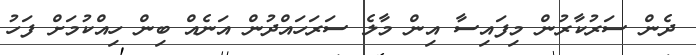
ދެން ސަރުކާރުން މިފައިސާ އިން މާލެ ސަރަހައްދުން އަނެއް ބިން ހިއްކުމަށް ފަހު